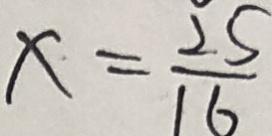
x = \frac { 2 5 } { 1 6 }